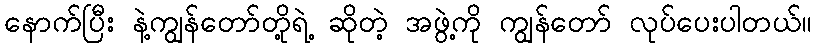
နောက်ပြီး နဲ့ကျွန်တော်တို့ရဲ့ ဆိုတဲ့ အဖွဲ့ကို ကျွန်တော် လုပ်ပေးပါတယ်။